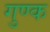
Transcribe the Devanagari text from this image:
गुण्क